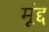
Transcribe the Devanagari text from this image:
मूंद्द